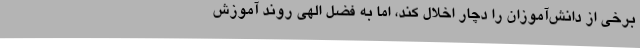
برخی از دانش‌آموزان را دچار اخلال کند، اما به فضل الهی روند آموزش